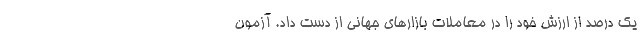
یک درصد از ارزش خود را در معاملات بازارهای جهانی از دست داد. آزمون